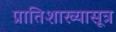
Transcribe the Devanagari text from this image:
प्रातिशाख्यासूत्र